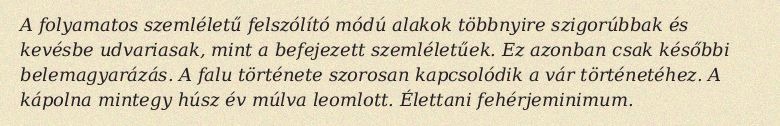
A folyamatos szemléletű felszólító módú alakok többnyire szigorúbbak és kevésbe udvariasak, mint a befejezett szemléletűek. Ez azonban csak későbbi belemagyarázás. A falu története szorosan kapcsolódik a vár történetéhez. A kápolna mintegy húsz év múlva leomlott. Élettani fehérjeminimum.